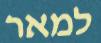
למאר